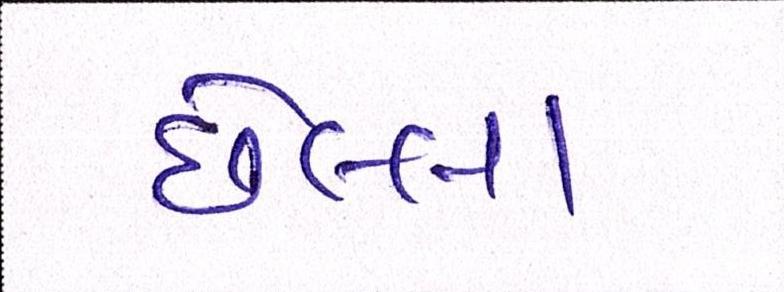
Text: છેલ્લા